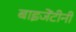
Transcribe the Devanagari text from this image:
बाइजेंटीनी